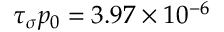
\tau _ { \sigma } p _ { 0 } = 3 . 9 7 \times 1 0 ^ { - 6 }